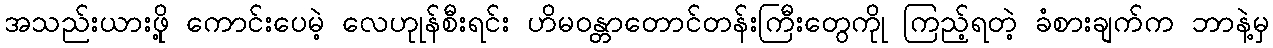
အသည်းယားဖိုု့ ကောင်းပေမဲ့ လေဟုုန်စီးရင်း ဟိမဝန္တာတောင်တန်းကြီးတွေကိုု ကြည့်ရတဲ့ ခံစားချက်က ဘာနဲ့မှ